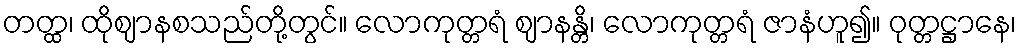
တတ္ထ၊ ထိုဈာနစသည်တို့တွင်။ လောကုတ္တရံ ဈာနန္တိ၊ လောကုတ္တရံ ဇာနံဟူ၍။ ဝုတ္တဋ္ဌာနေ၊